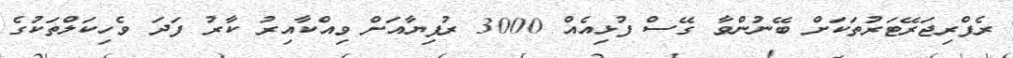
ރެފްރިޖަރޭޓަރުތަކަށް ބޭނުންވާ ގޭސް ފުޅިއެއް 3000 ރުފިޔާއަށް ވިއްކާއިރު ކާރު ފަދަ ވެހިކަލްތަކުގެ